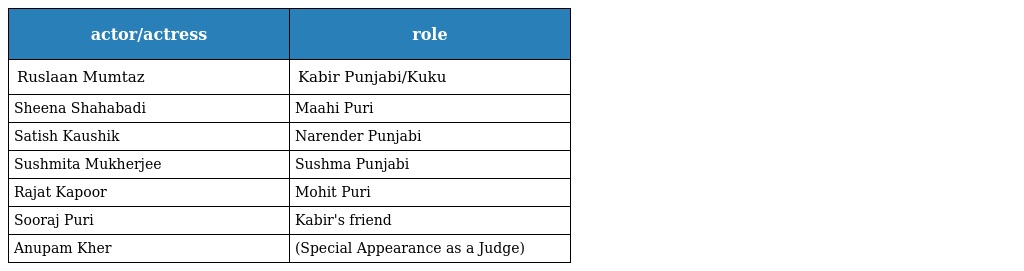
| actor/actress | role |
 | --- | --- |
 | Ruslaan Mumtaz | Kabir Punjabi/Kuku |
 | Sheena Shahabadi | Maahi Puri |
 | Satish Kaushik | Narender Punjabi |
 | Sushmita Mukherjee | Sushma Punjabi |
 | Rajat Kapoor | Mohit Puri |
 | Sooraj Puri | Kabir's friend |
 | Anupam Kher | (Special Appearance as a Judge) |